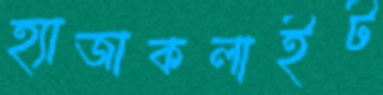
হ্যাজাকলাইট